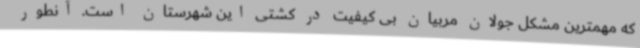
که مهمترین مشکل جولان مربیان بی کیفیت در کشتی این شهرستان است. آنطور